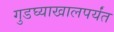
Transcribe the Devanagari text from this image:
गुडघ्याखालपर्यंत